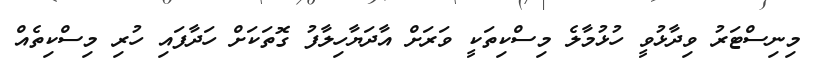
މިނިސްޓަރު ވިދާޅުވީ ހުޅުމާލެ މިސްކިތަކީ ވަރަށް އާދަޔާހިލާފު ގޮތަކަށް ހަދާފައި ހުރި މިސްކިތެއް